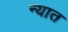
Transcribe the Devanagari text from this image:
न्यात